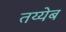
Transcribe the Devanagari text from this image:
तय्येब